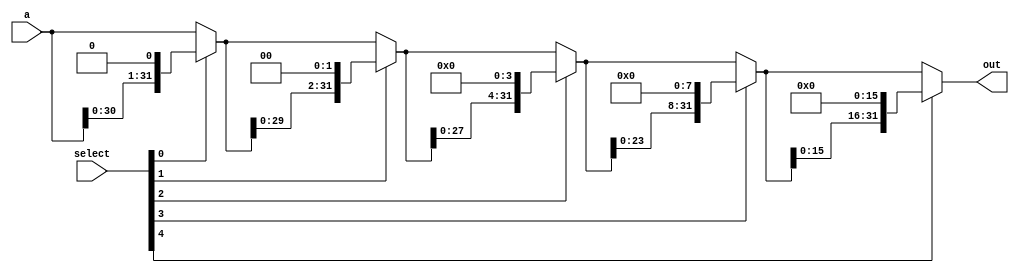
module sll32(input [31:0] a, input [4:0] select, output [31:0] out);

	wire [31:0] temp0, temp1, temp2, temp3;
	
	assign temp0 = select[0] ? {a[30:0], 1'b0} : a;
	assign temp1 = select[1] ? {temp0[29:0], 2'b00} : temp0;
	assign temp2 = select[2] ? {temp1[27:0], 4'b0000} : temp1;
	assign temp3 = select[3] ? {temp2[23:0], 8'b00000000} : temp2;
	assign out = select[4] ? {temp3[15:0], 16'b0000000000000000} : temp3;
	
endmodule